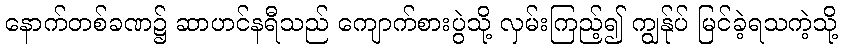
နောက်တစ်ခဏ၌ ဆာဟင်နရီသည် ကျောက်စားပွဲသို့ လှမ်းကြည့်၍ ကျွန်ုပ် မြင်ခဲ့ရသကဲ့သို့